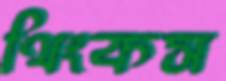
থিংকস